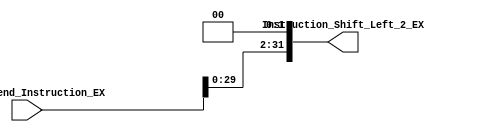
// Comments and desciption of modules have been deliberately ommitted.
// It is up to the student to document and describe the system.

module EX_Shift_Left_2(
		       input [31:0] Sign_Extend_Instruction_EX,
		       output [31:0] Instruction_Shift_Left_2_EX
		       );

   assign Instruction_Shift_Left_2_EX = Sign_Extend_Instruction_EX << 2;

endmodule // EX_Shift_Left_2